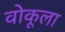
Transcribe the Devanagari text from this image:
वोकूला